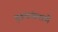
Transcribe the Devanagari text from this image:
पुरूषांप्रमाणे